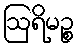
ဩရိမဉ္စ